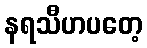
နရသီဟပတေ့